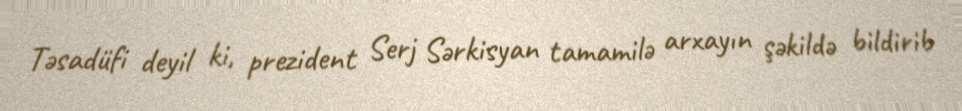
Təsadüfi deyil ki, prezident Serj Sərkisyan tamamilə arxayın şəkildə bildirib